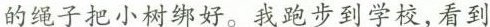
的绳子把小树绑好。我跑步到学校，看到